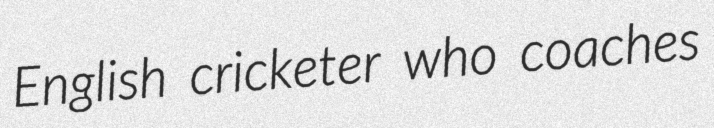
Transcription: English cricketer who coaches